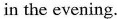
in the evening